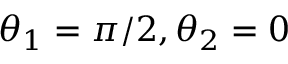
\theta _ { 1 } = \pi / 2 , \theta _ { 2 } = 0